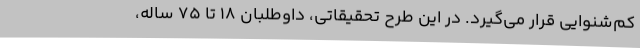
کم‌شنوایی قرار می‌گیرد. در این طرح تحقیقاتی، داوطلبان ۱۸ تا ۷۵ ساله،